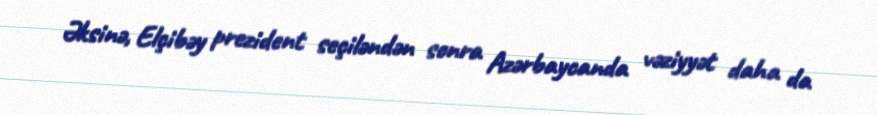
Əksinə, Elçibəy prezident seçiləndən sonra Azərbaycanda vəziyyət daha da